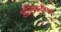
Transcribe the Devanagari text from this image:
अलिफ़लैला